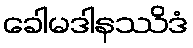
ခေါမဒါနဿိဒံ